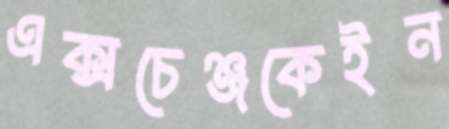
এক্সচেঞ্জকেইন